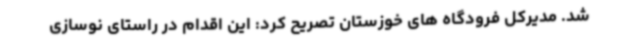
شد. مدیرکل فرودگاه های خوزستان تصریح کرد: این اقدام در راستای نوسازی